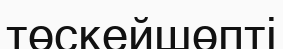
төскейшөпті